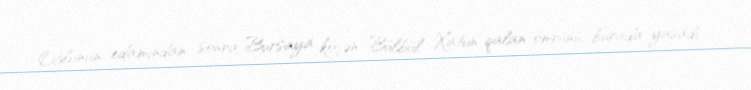
Oğlunun edamından sonra Bursaya köçən Bülbül Xatun qalan ömrünü burada yaşadı